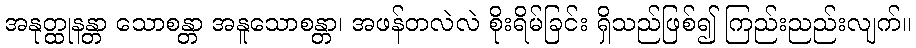
အနုတ္ထုနန္တာ သောစန္တာ အနူသောစန္တာ၊ အဖန်တလဲလဲ စိုးရိမ်ခြင်း ရှိသည်ဖြစ်၍ ကြည်းညည်းလျက်။